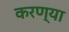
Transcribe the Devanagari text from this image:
करण्या